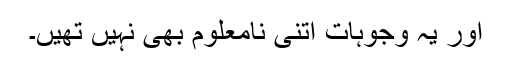
اور یہ وجوہات اتنی نامعلوم بھی نہیں تھیں۔